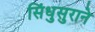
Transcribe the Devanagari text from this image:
सिंधुसुराने